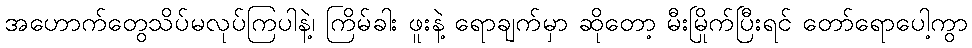
အဟောက်တွေသိပ်မလုပ်ကြပါနဲ့၊ ကြိမ်ခါး ဖူးနဲ့ ရောချက်မှာ ဆိုတော့ မီးမြိုက်ပြီးရင် တော်ရောပေါ့ကွာ